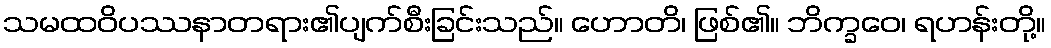
သမထဝိပဿနာတရား၏ပျက်စီးခြင်းသည်။ ဟောတိ၊ ဖြစ်၏။ ဘိက္ခဝေ၊ ရဟန်းတို့။